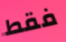
فقط